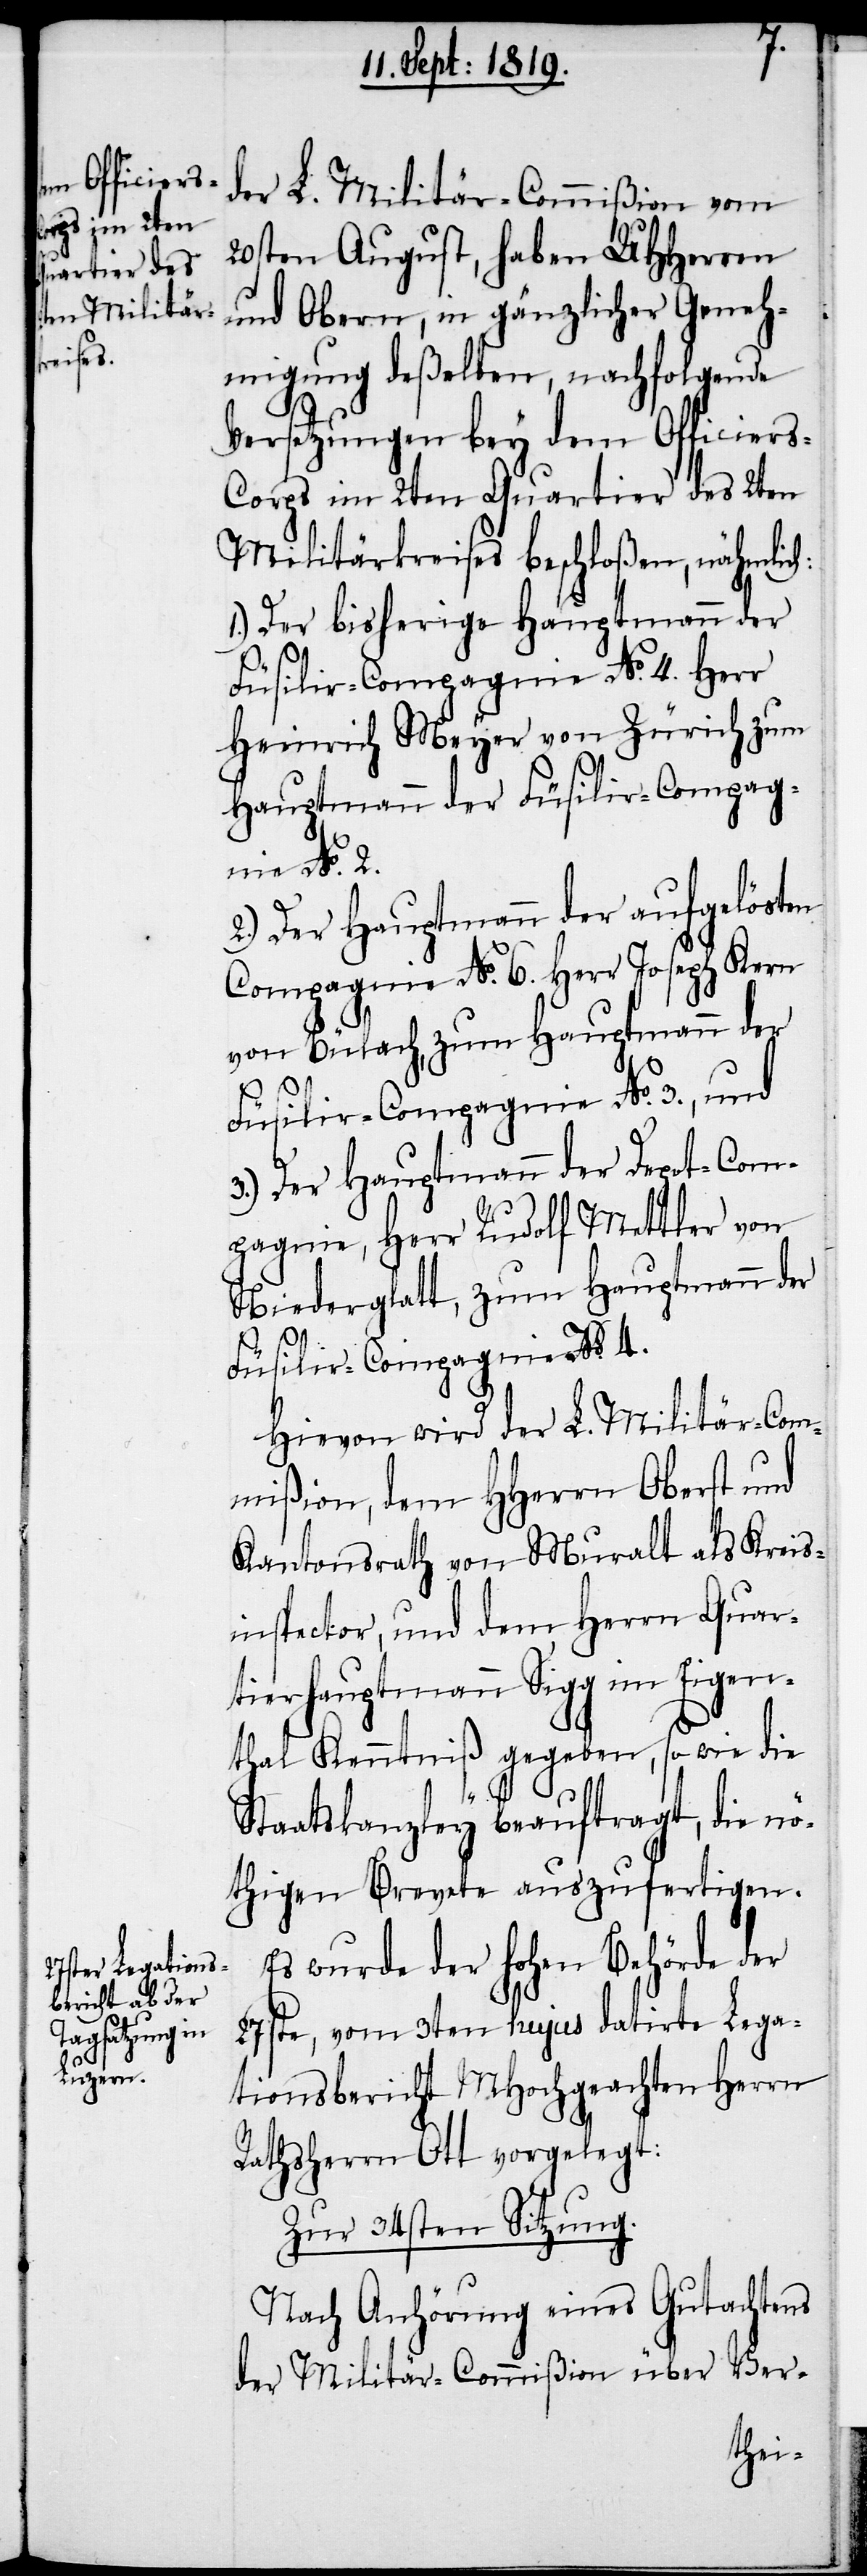
der L. Militär-Commißion vom
20sten August, haben UHHerren
und Obern, in gänzlicher Geneh¬
migung deßelben, nachfolgende
Versetzungen bey dem Officier¬
s-Corps im 2ten Quartier des 2ten
Militärkreises beschloßen, nähmlich:
1.) Der bisherige Hauptmann der
Füsilir-Compagnie No. 4 Herr
Heinrich Meyer von Zürich zum
Hauptmann der Füsilier-Compag¬
nie No. 2.
2.) Der Hauptmann der aufgelösten
Compagnie No. 6. Herr Joseph Kern
von Bülach, zum Hauptmann der
Füsilir-Compagnie No. 3., und
3.) Der Hauptmann der Depot-Com¬
pagnie, Herr Rudolf Mettler von
Niederglatt, zum Hauptmann der
Füsilier-Compagnie No. 4.
Hievon wird der L. Militär-Com¬
mißion, dem HHerrn Oberst und
Kantonsrath von Muralt als Kreis¬
inspector, und dem Herrn Quar¬
tierhauptmann Sigg im Eigen¬
thal Kenntniß gegeben, so wie die
Staatskanzley beauftragt, die nö¬
thigen Brevete auszufertigen.
Es wurde der hohen Behörde der
27ste, vom 3ten hujus datirte Lega¬
tionsbericht MHochgeachten Herrn
Rathsherrn Ott vorgelegt:
Zur 34sten Sitzung.
Nach Anhörung eines Gutachtens
der Militär-Commißion über Ver-